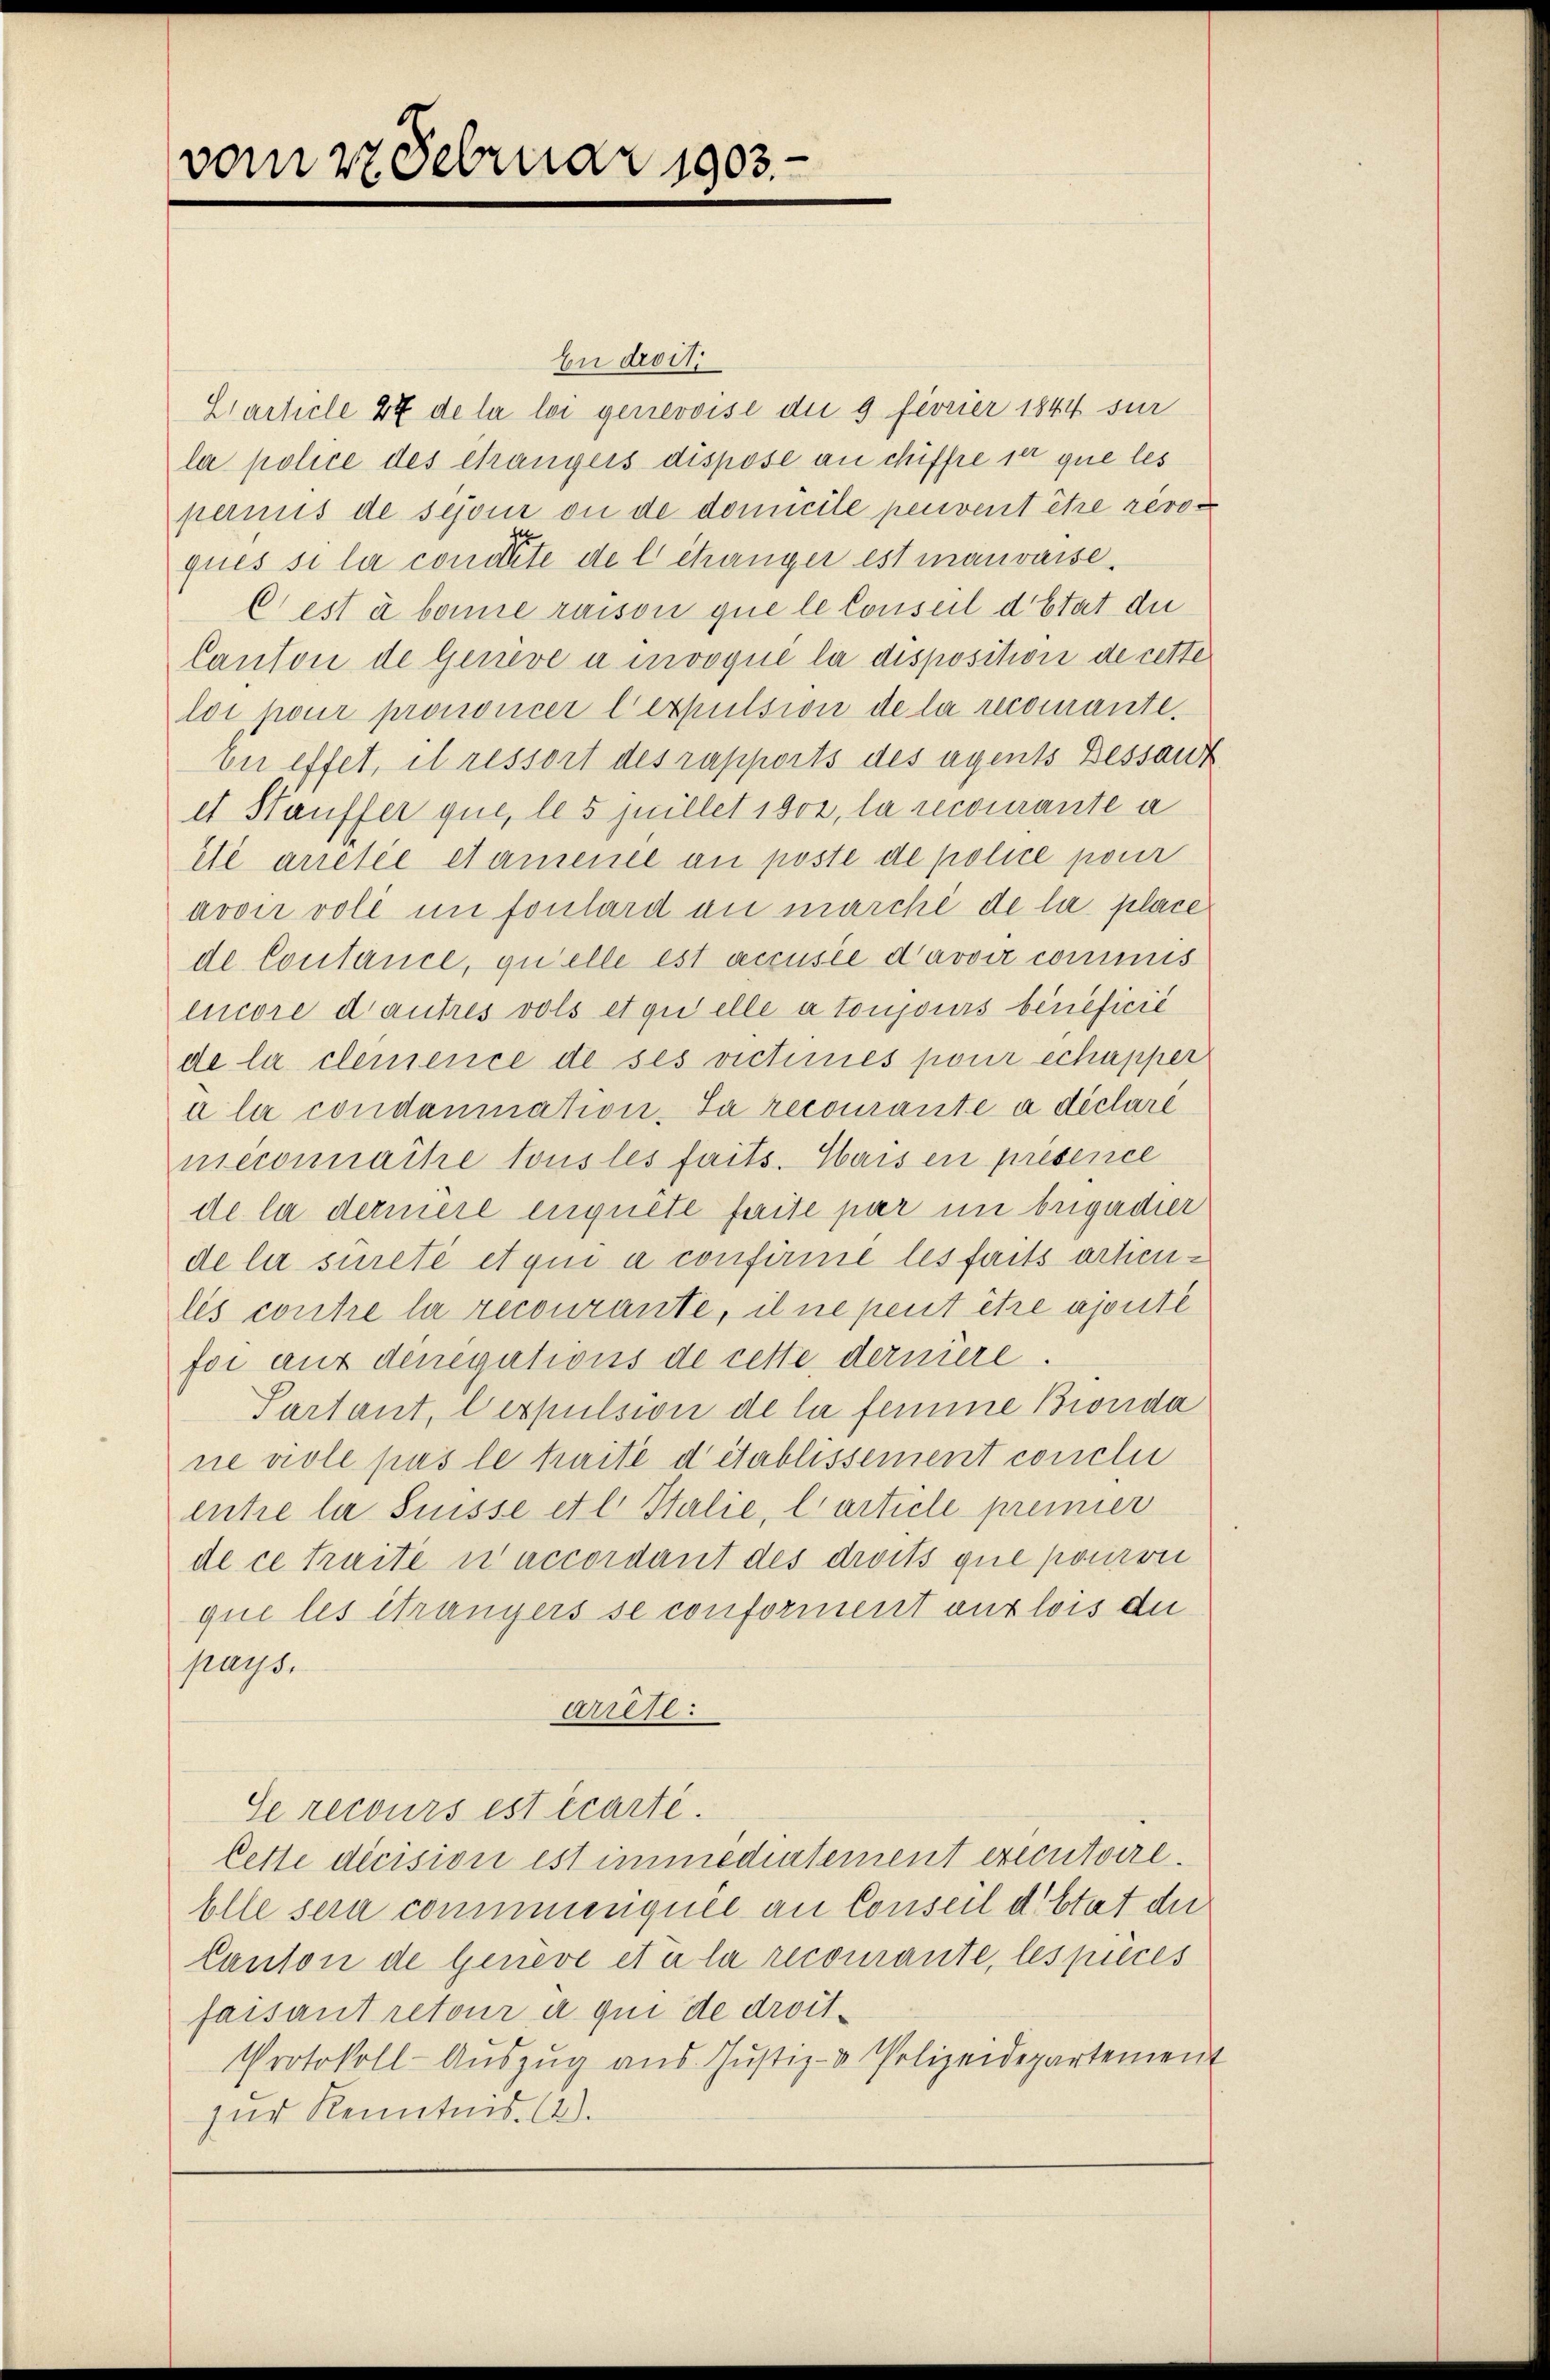
vom 27. Februar 1903.

Ee droit
Ciarticle 27 de la loi genevoisi die 9 fivrier 1844 sur
la police des chrangers dispose an chiffre se que les
pernis de sejour ou de domicile peuvent être révo
ques si la conitäte de l changer est mauvaise.
C) est à bonne raison que le Conseil d’Etat du
Canton de Genève u invoqué la disposition de cette
loi pour prononcer lexpulsion de la recomantever effet, et ressort des rapports des agents Bessant
et Stauffer que, le 5 juillet 1802, la recourante a
ite arretée etamence an poste de police pour
avoir voll in fonlard an marché de la place
de Contance, quelle est accusée d’avoir commis
encore d’autres vols et qu’elle a toujours beneficie
de la clemence de ses vichmes pour echapper
a le condammation. La recourante à déclaré
nieconnaite tous les faits. Hais en présence
de la dermere enquête faite par in begadier
de lir sureté et qui a confirme les faits artienles contre la recourante, il ne peut être ajoute
for auf denerations de cette derniere.
Partant, verpulsion de la femme Bronda
ne viole pas le faite détablissement conclu
entre la Suisse et l. Stalie, l’article premier
de ce traite naccordant des droits que pouron
que les étrangers se conforment aux lois die
pays.
arrse:
Se recours est écarte.
Cette décision est immediatement executoire.
Elle sein commuenquée an Conseil d’Etat der
Canton de Geneve etc la recourante, les pieces
faisant retour à qui de droit¬
Protokoll-Auszug aus Justiz- & Polizeidepartemen
zur Kenntnis. (2).